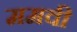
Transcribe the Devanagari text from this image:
ममवी